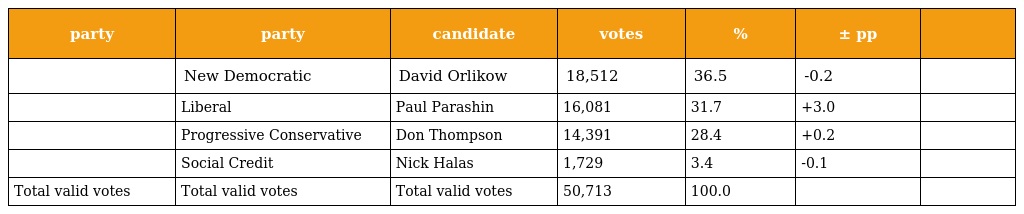
| party | party | candidate | votes | % | ± pp |  |
 | --- | --- | --- | --- | --- | --- | --- |
 |  | New Democratic | David Orlikow | 18,512 | 36.5 | -0.2 |  |
 |  | Liberal | Paul Parashin | 16,081 | 31.7 | +3.0 |  |
 |  | Progressive Conservative | Don Thompson | 14,391 | 28.4 | +0.2 |  |
 |  | Social Credit | Nick Halas | 1,729 | 3.4 | -0.1 |  |
 | Total valid votes | Total valid votes | Total valid votes | 50,713 | 100.0 |  |  |